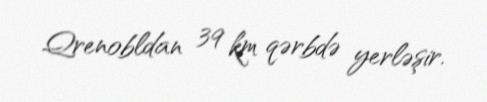
Qrenobldan 39 km qərbdə yerləşir.